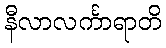
နီလာလင်္ကာရာတိ